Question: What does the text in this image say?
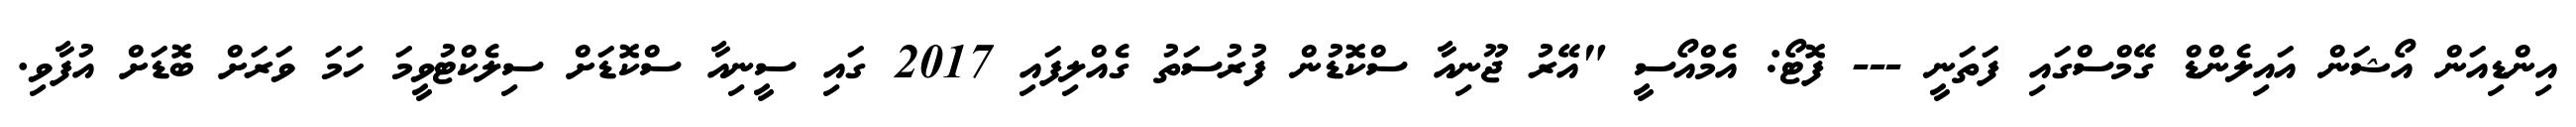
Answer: އިންޑިއަން އޯޝަން އައިލެންޑް ގޭމްސްގައި ފަތަނީ --- ފޮޓޯ: އެމްއޯސީ "އޭރު ޖޫނިއާ ސްކޮޑުން ފުރުސަތު ގެއްލިފައި 2017 ގައި ސީނިއާ ސްކޮޑަށް ސިލެކްޓުވީމަ ހަމަ ވަރަށް ބޮޑަށް އުފާވި.